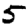
Digit: 5